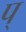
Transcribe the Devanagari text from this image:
प्‌